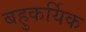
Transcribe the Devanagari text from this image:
बहुकर्यिक